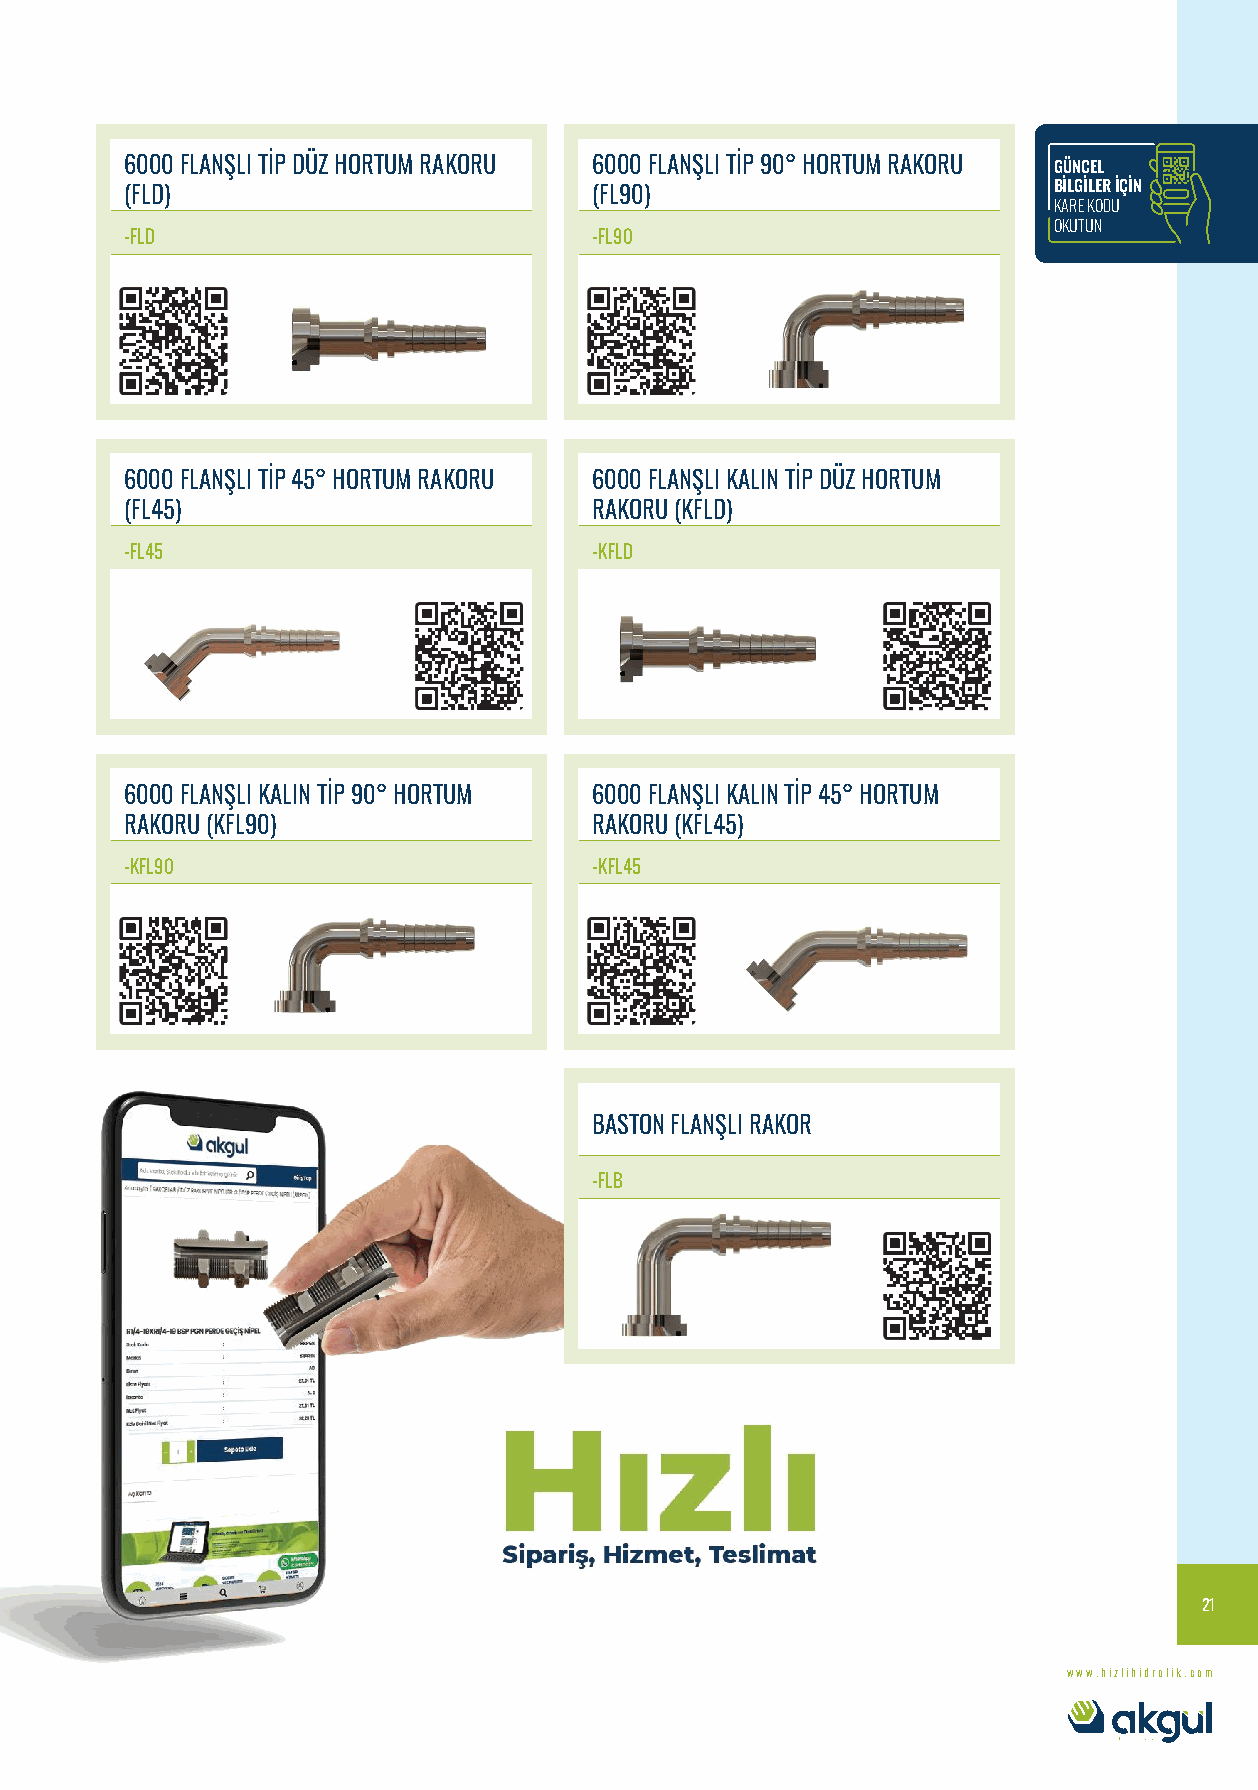
6000 FLANŞLI TİP DÜZ HORTUM RAKORU 6000 FLANŞLI TİP 90° HORTUM RAKORU GÜNCEL
 (FLD)                          (FL90)                         BİLGİLER İÇİN
 KARE KODU
 OKUTUN
 -FLD                           -FL90
 6000 FLANŞLI TİP 45° HORTUM RAKORU 6000 FLANŞLI KALIN TİP DÜZ HORTUM
 (FL45)                         RAKORU (KFLD)
 -FL45                          -KFLD
 6000 FLANŞLI KALIN TİP 90° HORTUM 6000 FLANŞLI KALIN TİP 45° HORTUM
 RAKORU (KFL90)                 RAKORU (KFL45)
 -KFL90                         -KFL45
 BASTON FLANŞLI RAKOR
 -FLB
 21
 www.hizlihidrolik.com